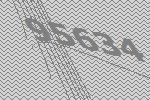
95634